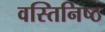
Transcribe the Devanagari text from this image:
वस्तिनिष्ठ